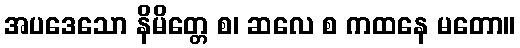
အပဒေသော နိမိတ္တေ စ၊ ဆလေ စ ကထနေ မတော။